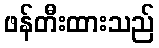
ဖန်တီးထားသည်